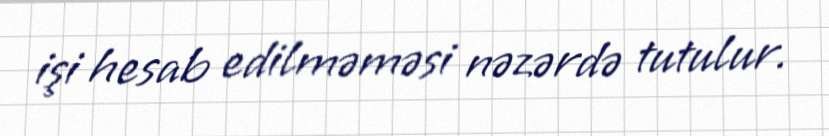
işi hesab edilməməsi nəzərdə tutulur.